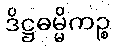
ဒိဋ္ဌဓမ္မိကဉ္စ